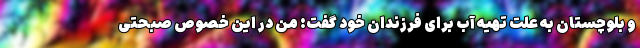
و بلوچستان به علت تهیه آب برای فرزندان خود گفت: من در این خصوص صبحتی